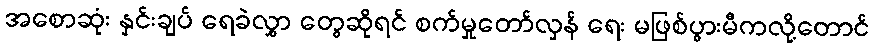
အစောဆုံး နှင်းချပ် ရေခဲလွှာ တွေဆိုရင် စက်မှုတော်လှန် ရေး မဖြစ်ပွားမီကလို့တောင်